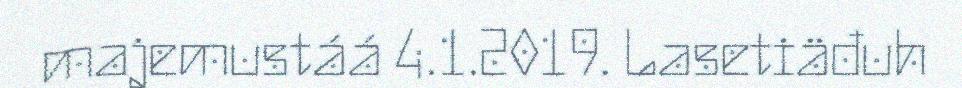
majemustáá 4.1.2019. Lasetiäđuh